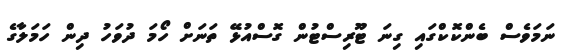
ނަމަވެސް ބެންކޮކްގައި ގިނަ ޓޫރިސްޓުން ގޮސްއުޅޭ ތަނަށް ހޯމަ ދުވަހު ދިން ހަމަލާގެ